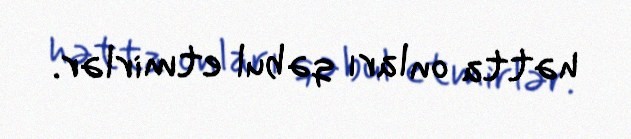
hətta onları qəbul etmirlər.